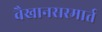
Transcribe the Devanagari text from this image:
वैखानसस्मार्त